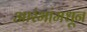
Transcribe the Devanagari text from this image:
आरंभांमधून